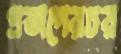
প্রতাপেরচর